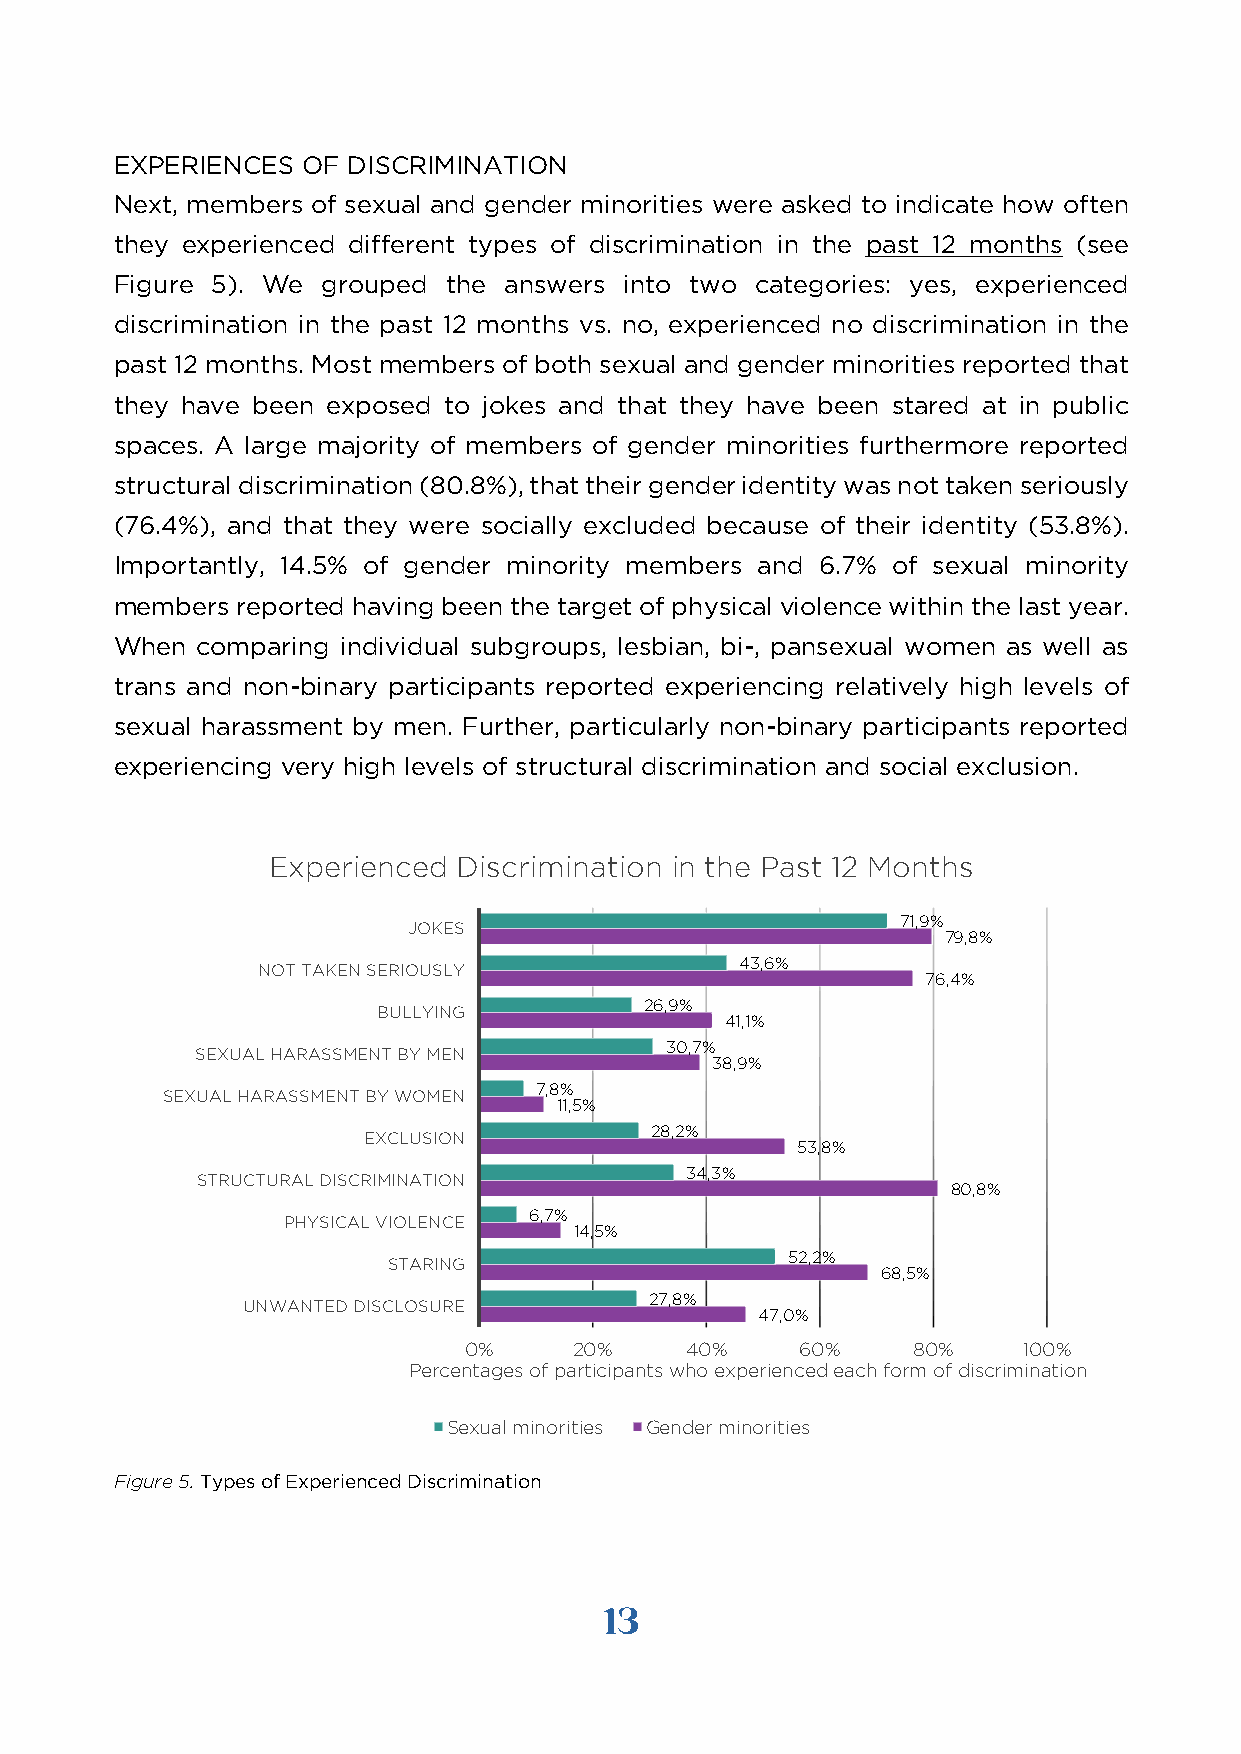
EXPERIENCES OF DISCRIMINATION
 Next, members of sexual and gender minorities were asked to indicate how often
 they experienced different types of discrimination in the past 12 months (see
 Figure 5). We grouped the answers into two categories: yes, experienced
 discrimination in the past 12 months vs. no, experienced no discrimination in the
 past 12 months. Most members of both sexual and gender minorities reported that
 they have been exposed to jokes and that they have been stared at in public
 spaces. A large majority of members of gender minorities furthermore reported
 structural discrimination (80.8%), that their gender identity was not taken seriously
 (76.4%), and that they were socially excluded because of their identity (53.8%).
 Importantly, 14.5% of gender minority members and 6.7% of sexual minority
 members reported having been the target of physical violence within the last year.
 When comparing individual subgroups, lesbian, bi-, pansexual women as well as
 trans and non-binary participants reported experiencing relatively high levels of
 sexual harassment by men. Further, particularly non-binary participants reported
 experiencing very high levels of structural discrimination and social exclusion.
 Experienced Discrimination in the Past 12 Months
 71,9%
 JOKES
 79,8%
 43,6%
 NOT TAKEN SERIOUSLY
 76,4%
 26,9%
 BULLYING
 41,1%
 30,7%
 SEXUAL HARASSMENT BY MEN
 38,9%
 7,8%
 SEXUAL HARASSMENT BY WOMEN
 11,5%
 28,2%
 EXCLUSION
 53,8%
 34,3%
 STRUCTURAL DISCRIMINATION
 80,8%
 6,7%
 PHYSICAL VIOLENCE
 14,5%
 52,2%
 STARING
 68,5%
 27,8%
 UNWANTED DISCLOSURE
 47,0%
 0%     20%    40%     60%    80%     100%
 Percentages of participants who experienced each form of discrimination
 Sexual minorities Gender minorities
 Figure 5. Types of Experienced Discrimination
 13